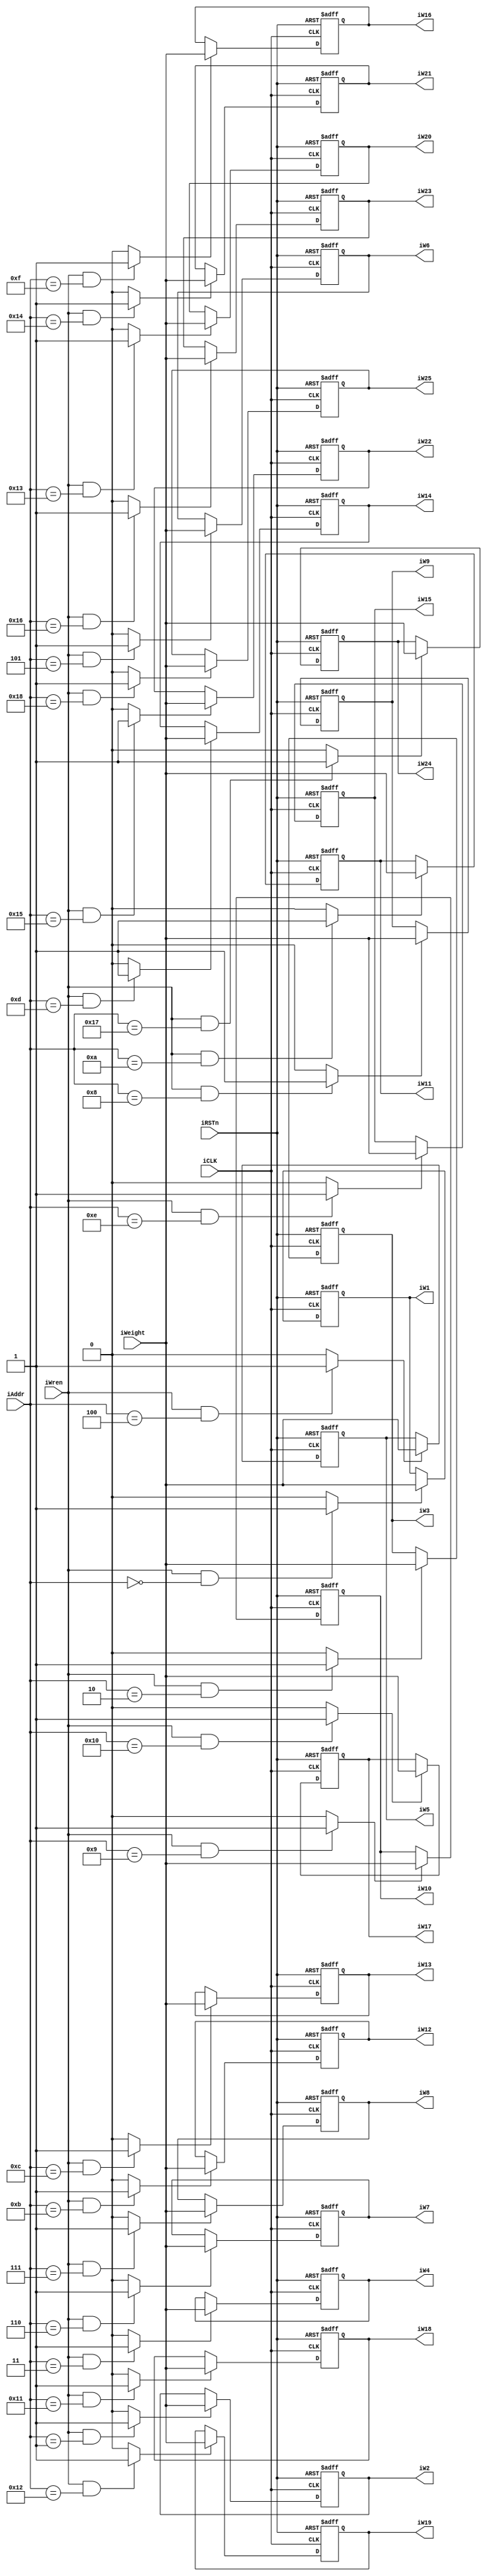
module decoder(input iCLK, iRSTn,iWren,
		input [4:0] iAddr,
		input [7:0] iWeight,
		output reg [7:0] iW1,iW2,iW3,iW4,iW5,iW6,iW7,iW8,iW9,iW10,iW11,iW12,iW13,iW14,iW15,iW16,iW17,iW18,iW19,iW20,iW21,iW22,iW23,iW24,iW25);

wire [24:0] en;

//enable
assign en[0] = (iWren && iAddr==0)?1:0;
assign en[1] = (iWren && iAddr==1)?1:0;
assign en[2] = (iWren && iAddr==2)?1:0;
assign en[3] = (iWren && iAddr==3)?1:0;
assign en[4] = (iWren && iAddr==4)?1:0;
assign en[5] = (iWren && iAddr==5)?1:0;
assign en[6] = (iWren && iAddr==6)?1:0;
assign en[7] = (iWren && iAddr==7)?1:0;
assign en[8] = (iWren && iAddr==8)?1:0;
assign en[9] = (iWren && iAddr==9)?1:0;
assign en[10] = (iWren && iAddr==10)?1:0;
assign en[11] = (iWren && iAddr==11)?1:0;
assign en[12] = (iWren && iAddr==12)?1:0;
assign en[13] = (iWren && iAddr==13)?1:0;
assign en[14] = (iWren && iAddr==14)?1:0;
assign en[15] = (iWren && iAddr==15)?1:0;
assign en[16] = (iWren && iAddr==16)?1:0;
assign en[17] = (iWren && iAddr==17)?1:0;
assign en[18] = (iWren && iAddr==18)?1:0;
assign en[19] = (iWren && iAddr==19)?1:0;
assign en[20] = (iWren && iAddr==20)?1:0;
assign en[21] = (iWren && iAddr==21)?1:0;
assign en[22] = (iWren && iAddr==22)?1:0;
assign en[23] = (iWren && iAddr==23)?1:0;
assign en[24] = (iWren && iAddr==24)?1:0;
 
//Dff1
always@(posedge iCLK, negedge iRSTn)
	begin
		if(!iRSTn) iW1<=0;
		else if (en[0]==1) iW1 <= iWeight;
	end
//Dff1
always@(posedge iCLK, negedge iRSTn)
	begin
		if(!iRSTn) iW2<=0;
		else if (en[1]==1) iW2 <= iWeight;
	end
//Dff1
always@(posedge iCLK, negedge iRSTn)
	begin
		if(!iRSTn) iW3<=0;
		else if (en[2]==1) iW3 <= iWeight;
	end
//Dff1
always@(posedge iCLK, negedge iRSTn)
	begin
		if(!iRSTn) iW4<=0;
		else if (en[3]==1) iW4<= iWeight;
	end
//Dff1
always@(posedge iCLK, negedge iRSTn)
	begin
		if(!iRSTn) iW5<=0;
		else if (en[4]==1) iW5 <= iWeight;
	end
//Dff1
always@(posedge iCLK, negedge iRSTn)
	begin
		if(!iRSTn) iW6<=0;
		else if (en[5]==1) iW6 <= iWeight;
	end
//Dff1
always@(posedge iCLK, negedge iRSTn)
	begin
		if(!iRSTn) iW7<=0;
		else if (en[6]==1) iW7 <= iWeight;
	end
//Dff1
always@(posedge iCLK, negedge iRSTn)
	begin
		if(!iRSTn) iW8<=0;
		else if (en[7]==1) iW8 <= iWeight;
	end
//Dff1
always@(posedge iCLK, negedge iRSTn)
	begin
		if(!iRSTn) iW9<=0;
		else if (en[8]==1) iW9 <= iWeight;
	end
//Dff1
always@(posedge iCLK, negedge iRSTn)
	begin
		if(!iRSTn) iW10<=0;
		else if (en[9]==1) iW10 <= iWeight;
	end
//Dff1
always@(posedge iCLK, negedge iRSTn)
	begin
		if(!iRSTn) iW11<=0;
		else if (en[10]==1) iW11 <= iWeight;
	end
//Dff1
always@(posedge iCLK, negedge iRSTn)
	begin
		if(!iRSTn) iW12<=0;
		else if (en[11]==1) iW12 <= iWeight;
	end
//Dff1
always@(posedge iCLK, negedge iRSTn)
	begin
		if(!iRSTn) iW13<=0;
		else if (en[12]==1) iW13 <= iWeight;
	end
//Dff1
always@(posedge iCLK, negedge iRSTn)
	begin
		if(!iRSTn) iW14<=0;
		else if (en[13]==1) iW14 <= iWeight;
	end
//Dff1
always@(posedge iCLK, negedge iRSTn)
	begin
		if(!iRSTn) iW15<=0;
		else if (en[14]==1) iW15 <= iWeight;
	end
//Dff1
always@(posedge iCLK, negedge iRSTn)
	begin
		if(!iRSTn) iW16<=0;
		else if (en[15]==1) iW16 <= iWeight;
	end
//Dff1
always@(posedge iCLK, negedge iRSTn)
	begin
		if(!iRSTn) iW17<=0;
		else if (en[16]==1) iW17 <= iWeight;
	end
//Dff1
always@(posedge iCLK, negedge iRSTn)
	begin
		if(!iRSTn) iW18<=0;
		else if (en[17]==1) iW18 <= iWeight;
	end
//Dff1
always@(posedge iCLK, negedge iRSTn)
	begin
		if(!iRSTn) iW19<=0;
		else if (en[18]==1) iW19 <= iWeight;
	end
//Dff1
always@(posedge iCLK, negedge iRSTn)
	begin
		if(!iRSTn) iW20<=0;
		else if (en[19]==1) iW20 <= iWeight;
	end
//Dff1
always@(posedge iCLK, negedge iRSTn)
	begin
		if(!iRSTn) iW21<=0;
		else if (en[20]==1) iW21 <= iWeight;
	end
//Dff1
always@(posedge iCLK, negedge iRSTn)
	begin
		if(!iRSTn) iW22<=0;
		else if (en[21]==1) iW22 <= iWeight;
	end
//Dff1
always@(posedge iCLK, negedge iRSTn)
	begin
		if(!iRSTn) iW23<=0;
		else if (en[22]==1) iW23 <= iWeight;
	end
//Dff1
always@(posedge iCLK, negedge iRSTn)
	begin
		if(!iRSTn) iW24<=0;
		else if (en[23]==1) iW24 <= iWeight;
	end
//Dff1
always@(posedge iCLK, negedge iRSTn)
	begin
		if(!iRSTn) iW25<=0;
		else if (en[24]==1) iW25 <= iWeight;
	end


endmodule